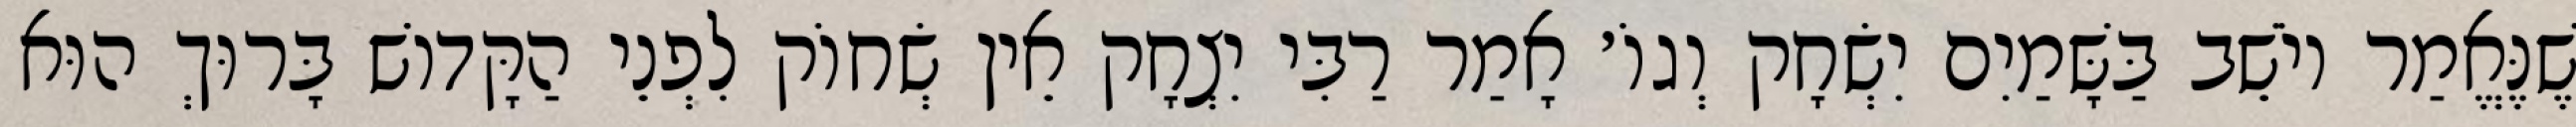
שֶׁנֶּאֱמַר יוֹשֵׁב בַּשָּׁמַיִם יִשְׂחָק וְגוֹ׳ אָמַר רַבִּי יִצְחָק אֵין שְׂחוֹק לִפְנֵי הַקָּדוֹשׁ בָּרוּךְ הוּא